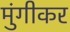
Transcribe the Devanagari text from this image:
मुंगीकर